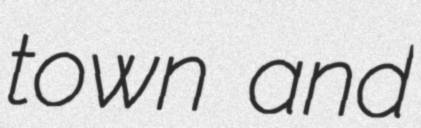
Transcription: town and